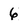
Character: 6